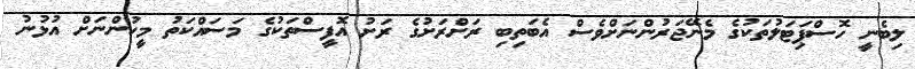
ލިބެނީ ހޮސްޕިަޓަލުތަކުގެ މެނޭޖަރުންނަށްވެސް އެބަތިބި ރަށްރަށުގެ ރަށު އޮފީސްތަކުގެ މަސައްކަތު މީހުންނަށް އުޅުނު